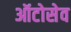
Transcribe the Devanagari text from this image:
ऑटोसेव